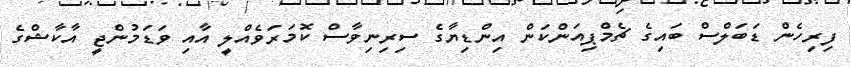
ފިރިހެން ޑަބަލްސް ބައިގެ ޗެމްޕިއަންކަން އިންޑިޔާގެ ސިރިނިވާސް ކޮމަރަވެއްލީ އާއި ވަޑަމުންޖީ އާކާޝްގެ